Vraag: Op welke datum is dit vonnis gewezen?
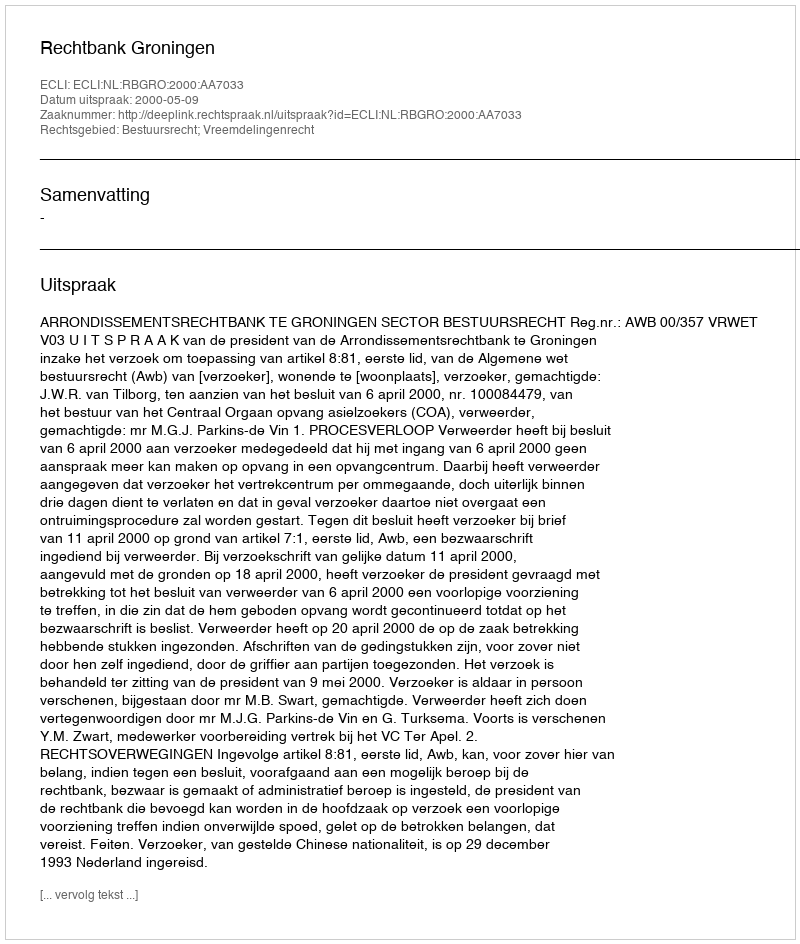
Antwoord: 2000-05-09